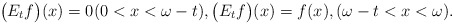
\begin{align*} \big(E_{t}f\big)(x)=0 (0<x<\omega-t),\big(E_{t}f\big)(x)=f(x),(\omega -t<x<\omega).\end{align*}